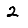
Digit: 2